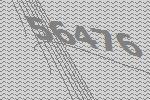
56476